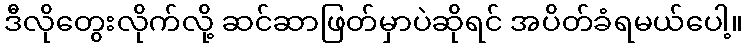
ဒီလိုတွေးလိုက်လို့ ဆင်ဆာဖြတ်မှာပဲဆိုရင် အပိတ်ခံရမယ်ပေါ့။